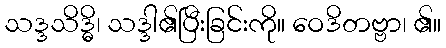
သဒ္ဒသိဒ္ဓိ၊ သဒ္ဒါ၏ပြီးခြင်းကို။ ဝေဒိတဗ္ဗာ၊ ၏။